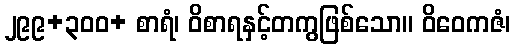
၂၉၉+၃၀၀+ စာရံ၊ ဝိစာရနှင့်တကွဖြစ်သော။ ဝိဝေကဇံ၊